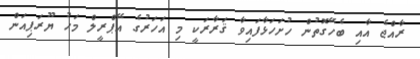
ރާއްޖެ އާއި ބެހޭގޮތުން ހުށަހަޅާފައިވާ ޤަރާރަކީ މި އަހަރުގެ އޭޕްރީލް މަހު ޔޫރަޕިއަން